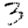
Digit: 3